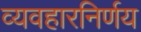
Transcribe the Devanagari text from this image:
व्यवहारनिर्णय